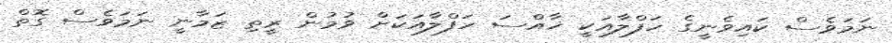
ނަމަވެސް ކައިވެނީގެ ހަފްލާއަކީ ޚާއްސަ ހަފްލާއަކަށް ވުމުން ރީތި ޒަމާނީ ނަމަވެސް ގޮތް